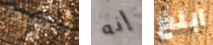
التحنيط إنه ابلغ